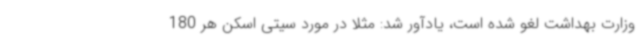
وزارت بهداشت لغو شده است، یادآور شد: مثلا در مورد سیتی اسکن هر 180